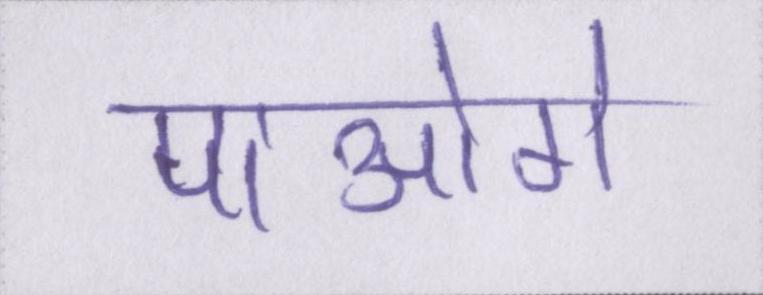
पाओगे